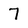
Character: 7